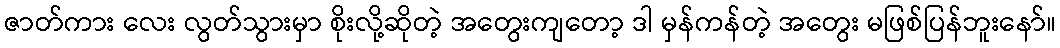
ဇာတ်ကား လေး လွတ်သွားမှာ စိုးလို့ဆိုတဲ့ အတွေးကျတော့ ဒါ မှန်ကန်တဲ့ အတွေး မဖြစ်ပြန်ဘူးနော်။